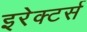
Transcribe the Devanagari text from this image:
इरेक्टर्स